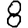
Digit: 8